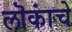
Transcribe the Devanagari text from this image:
लॊकांचे